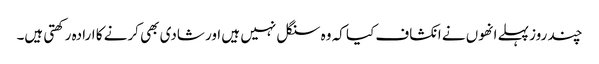
چند روز پہلے انھوں نے انکشاف کیا کہ وہ سنگل نہیں ہیں اور شادی بھی کرنے کا ارادہ رکھتی ہیں۔